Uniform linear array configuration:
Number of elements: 48
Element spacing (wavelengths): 1
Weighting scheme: cosine
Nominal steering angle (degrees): -15
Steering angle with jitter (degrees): -16.943
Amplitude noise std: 0.05
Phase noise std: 0.05

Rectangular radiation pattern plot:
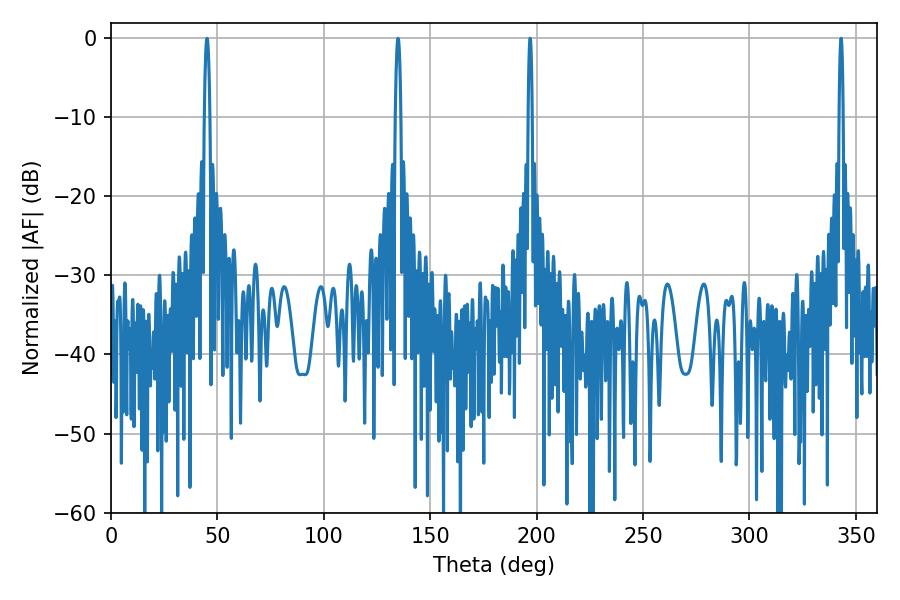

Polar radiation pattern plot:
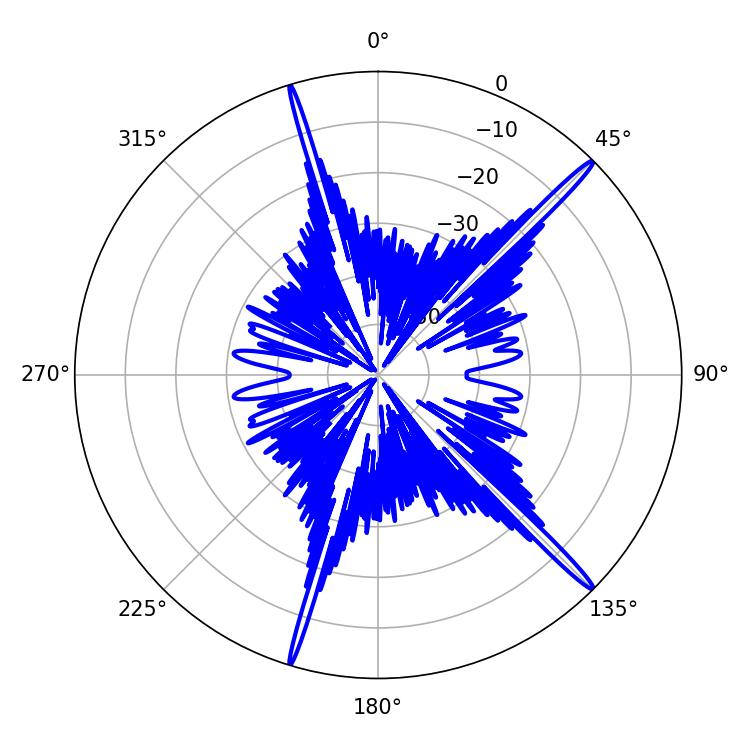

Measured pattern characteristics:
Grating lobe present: TRUE
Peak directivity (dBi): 18.323
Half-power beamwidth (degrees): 1.08
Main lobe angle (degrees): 196.92